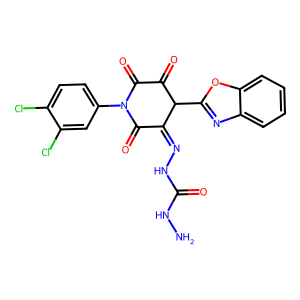
SMILES: NNC(=O)NN=C1C(=O)N(c2ccc(Cl)c(Cl)c2)C(=O)C(=O)C1c1nc2ccccc2o1
Inhibits HIV replication: No